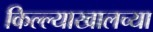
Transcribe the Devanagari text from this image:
किल्ल्याखालच्या